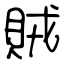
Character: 賊